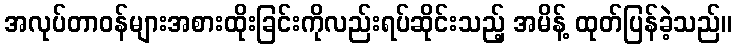
အလုပ်တာဝန်များအစားထိုးခြင်းကိုလည်းရပ်ဆိုင်းသည့် အမိန့် ထုတ်ပြန်ခဲ့သည်။